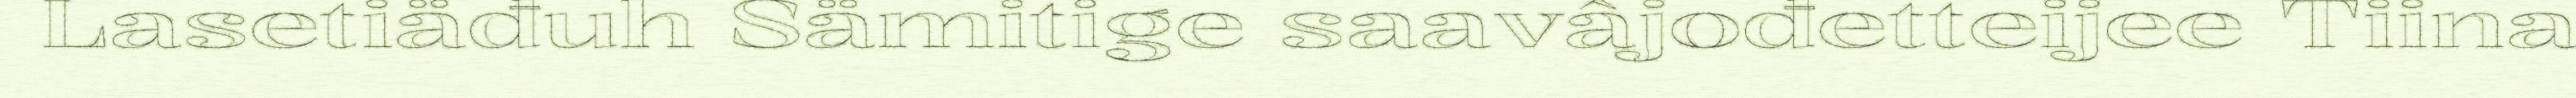
Lasetiäđuh Sämitige saavâjođetteijee Tiina